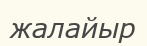
жалайыр